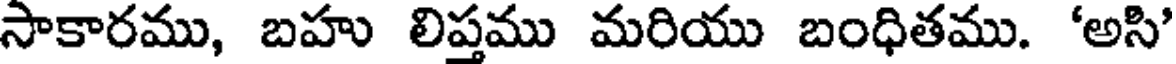
సాకారము, బహు లిప్తము మరియు బంధితము. 'అసి'